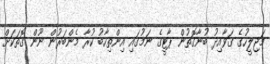
މަޖިލީހުގެ ގަވާއިދު ބުނާގޮތުން ޕާޓީގެ ނަމުގައި އިންތިހާބު ކުރާ މެންބަރުން ނޫން ގޮތަކަށް